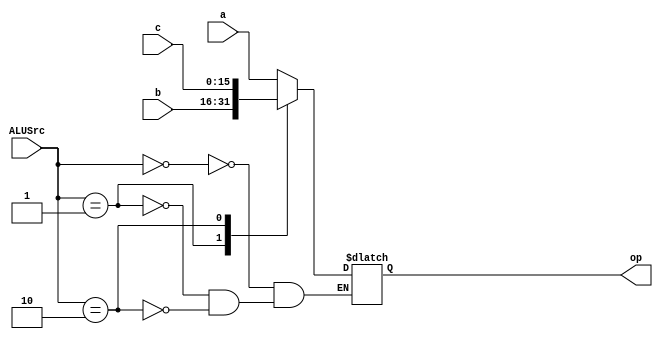
/* 3 to 1 multiplexer module (opMux.v) outputs the corresponding operator for the ALU inputs (operators) based on 
   the ALU source signal received by the forwarding unit. 
*/
module opMux(a, b, c, op, ALUSrc);
	// Input Ports
	input [1:0] ALUSrc;
	input [15:0] a;
	input [15:0] b;
	input [15:0] c;
	// Output Ports
	output [15:0] op;
	reg [15:0] op;

	always @ (ALUSrc or a or b or c)
	begin
		case(ALUSrc)
			0: op = a;
			1: op = b;
			2: op = c;
			`ifdef DEBUG
				default: $display("Debug msg: there was an error triggered in the program.");
			`endif
		endcase
	end
endmodule